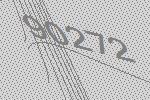
90272